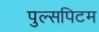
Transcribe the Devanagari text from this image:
पुल्सपिटम